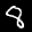
Label: 8